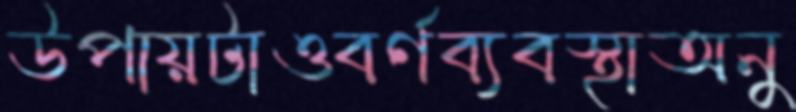
উপায়টাওবর্ণব্যবস্থাঅনু